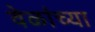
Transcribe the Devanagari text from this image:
वेळांच्या